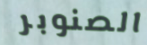
الصنوبر